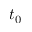
t _ { 0 }